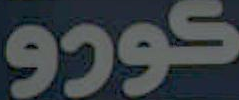
كورو